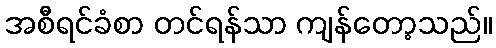
အစီရင်ခံစာ တင်ရန်သာ ကျန်တော့သည်။